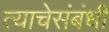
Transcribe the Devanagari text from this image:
त्याचेसंबंधी